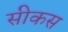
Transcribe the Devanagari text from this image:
सीकस